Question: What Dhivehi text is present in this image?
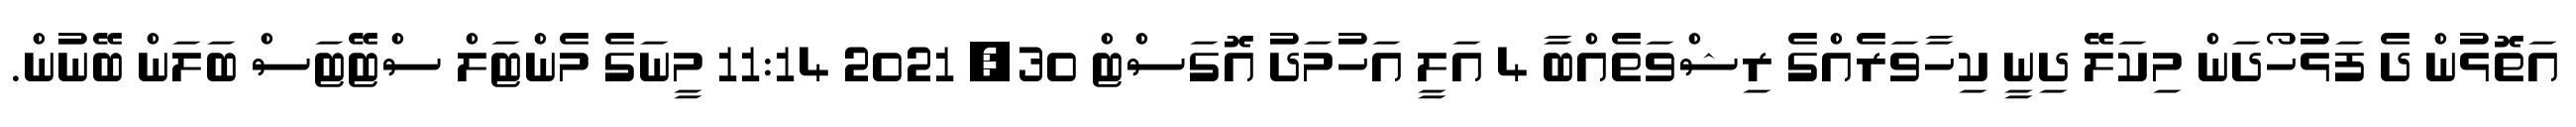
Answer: އަތޮޅުން ދެ ފަޅުހޯދަން މިކަލޭ ދިނީ ކިހާވަރެއްގެ ރިޝްވަތެއްބާ 4 އަލީ އަހުމަދު އޮގަސްޓް 30, 2021 11:14 މީނަގެ މެންޓަލް ސްޓޭޓަސް ބަލަން ބޭނުން.